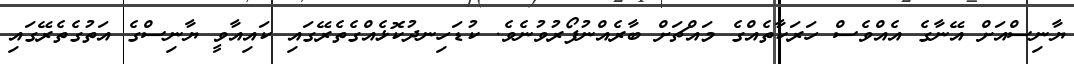
ޔާނިސްއަށް އޭނާގެ އެއްވެސް ހަރަކާތެއްގެ މައްޗަށް ބާރެއްނުފޯރުވުނެވެ. ކުޑަހިނދުކޮޅެއްގެތެރޭގައި ކައިއާވީ ޔާނިސްގެ އަތުގެތެރޭގައި